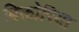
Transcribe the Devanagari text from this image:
बिक्तोरिया